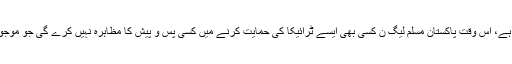
ایم کیو ایم پاکستان ایک نئے میثاق حکومت میں شامل ہوکر وفاق سمیت صوبے میں بھی فوائد سمیٹ سکتی ہے، اس وقت پاکستان مسلم لیگ ن کسی بھی ایسے ٹرائیکا کی حمایت کرنے میں کسی پس و پیش کا مظاہرہ نہیں کرے گی جو موجودہ حکومت کوکسی طرح بھی اقتدار سے محروم کردے، یہی کچھ پی پی پی بھی کرنے کے لئے تیا ر ہے۔